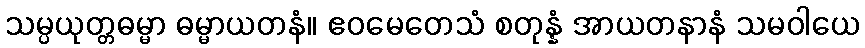
သမ္ပယုတ္တဓမ္မာ ဓမ္မာယတနံ။ ဧဝမေတေသံ စတုန္နံ အာယတနာနံ သမဝါယေ